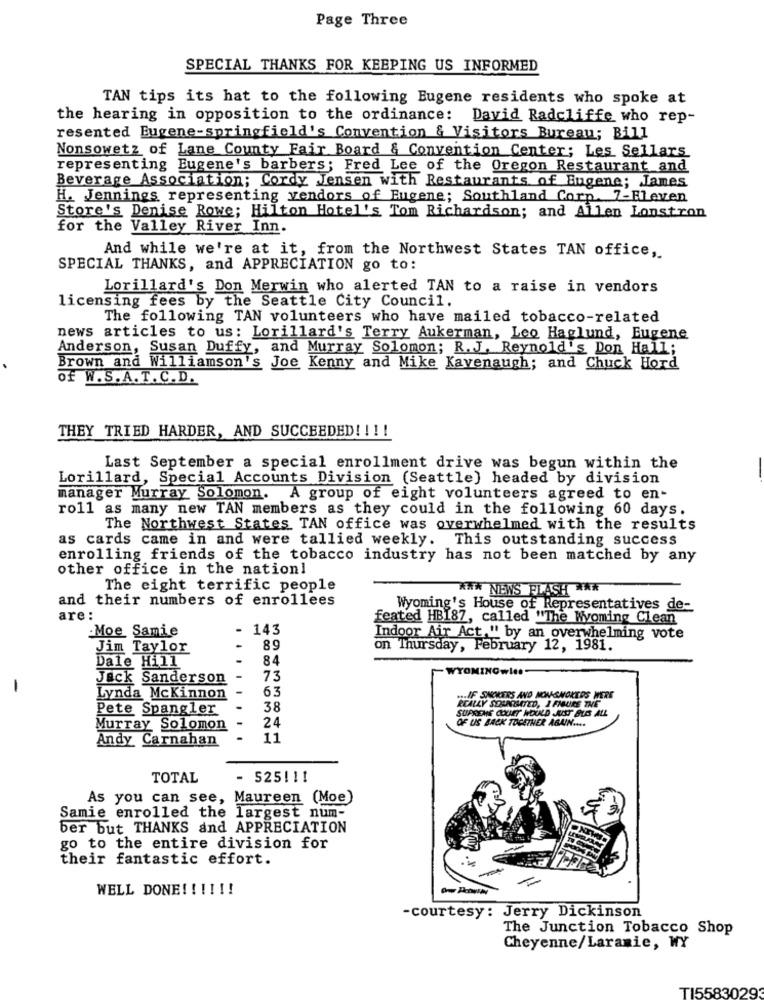
Page Three
SPECIAL THANKS FOR KEEPING US INFORMED
TAN tips its hat to the following Eugene residents who spoke at
the hearing in opposition to the ordinance:
David Radcliffe who rep-
resented Eugene-springfield's Convention & Visitors Bureau; Bill
Nonsowetz of Lane County Fair Board & Convention Center; Les Sellars
representing Eugene's barbers; Fred Lee of the Oregon Restaurant and
Beverage Association; Cordy Jensen with Restaurants of Eugene; James
H. Jennings representing vendors of Eugene; Southland Corp. 7-Eleven
Store's Denise Rowe; Hilton Hotel's Tom Richardson; and Allen Lonstron
for the Valley River Inn.
And while we're at it, from the Northwest States TAN office,
SPECIAL THANKS, and APPRECIATION go to:
Lorillard's Don Merwin who alerted TAN to a raise in vendors
licensing fees by the Seattle City Council.
The following TAN volunteers who have mailed tobacco-related
news articles to us: Lorillard's Terry Aukerman, Leo Haglund, Eugene
Anderson, Susan Duffy, and Murray Solomon; R. J. Reynold's Don Hall;
Brown and Williamson's Joe Kenny and Mike Kavenaugh; and Chuck Hord
Of W.S.A.T. C.D.
THEY TRIED HARDER, AND SUCCEEDED! ! !!
Last September a special enrollment drive was begun within the
Lorillard, Special Accounts Division (Seattle) headed by division
manager Murray Solomon. A group of eight volunteers agreed to en-
roll as many new TAN members as they could in the following 60 days.
The Northwest States TAN office was overwhelmed with the results
as cards came in and were tallied weekly. This outstanding success
enrolling friends of the tobacco industry has not been matched by any
other office in the nation!
The eight terrific people
*W* NEWS FLASH ***
and their numbers of enrollees
Wyoming's House of Representatives de-
are :
feated HBI87, called "The Wyoming Clean
Moe Samie
- 143
Indoor Air Act," by an overwhelming vote
Jim Taylor
89
on Thursday, February 12, 1981.
Dale Hill
84
WYOMINGwles-
Jack Sanderson
73
-
63
Lynda Mckinnon
.. IF SMOKERS AND NON-SMOKERS WERE
Pete Spangler
38
REALLY SOULPOSTED, I FIGURE THE
SUPREME COURT HOULD JUIST BUSS ALL
OF US BACK TOGETHER AGAIN ....
Murray Solomon
24
Andy Carnahan
-
11
TOTAL
525!11
As you can see, Maureen (Moe)
Samie enrolled the largest num-
ber but THANKS and APPRECIATION
go to the entire division for
their fantastic effort.
WELL DONE !!!!!!
-courtesy: Jerry Dickinson
The Junction Tobacco Shop
Cheyenne/Laramie, WY
TI55830